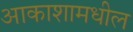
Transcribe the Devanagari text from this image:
आकाशामधील